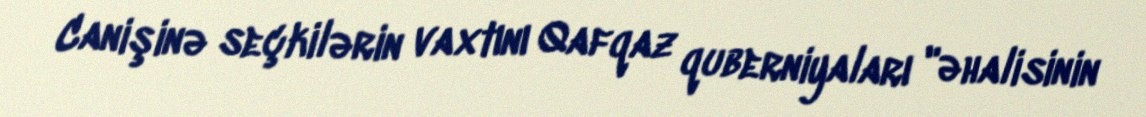
Canişinə seçkilərin vaxtını Qafqaz quberniyaları "əhalisinin